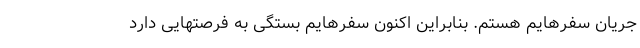
جریان سفرهایم هستم. بنابراین اکنون سفرهایم بستگی به فرصتهایی دارد